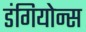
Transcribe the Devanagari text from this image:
डंगियोन्स